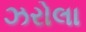
ઝરોલા